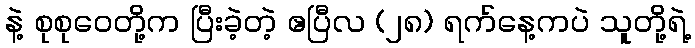
နဲ့ စုစုဝေတို့က ပြီးခဲ့တဲ့ ဧပြီလ (၂၈) ရက်နေ့ကပဲ သူတို့ရဲ့